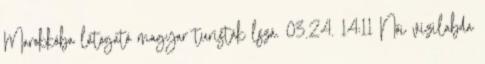
Marokkóba látogató magyar turisták lszá. 03.24. 14:11 Női vízilabda